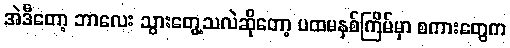
အဲဒီတော့ ဘာလေး သွားတွေ့သလဲဆိုတော့ ပထမနှစ်ကြိမ်မှာ စကားတွေက